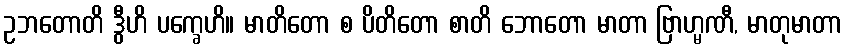
ဥဘတောတိ ဒွီဟိ ပက္ခေဟိ။ မာတိတော စ ပိတိတော စာတိ ဘောတော မာတာ ဗြာဟ္မဏီ, မာတုမာတာ